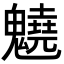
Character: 䰫